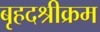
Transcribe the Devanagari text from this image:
बृहदश्रीक्रम